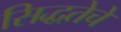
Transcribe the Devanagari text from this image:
सिद्धतेचे